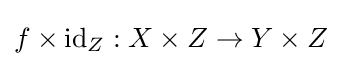
f\times \operatorname {id} _{Z}:X\times Z\to Y\times Z